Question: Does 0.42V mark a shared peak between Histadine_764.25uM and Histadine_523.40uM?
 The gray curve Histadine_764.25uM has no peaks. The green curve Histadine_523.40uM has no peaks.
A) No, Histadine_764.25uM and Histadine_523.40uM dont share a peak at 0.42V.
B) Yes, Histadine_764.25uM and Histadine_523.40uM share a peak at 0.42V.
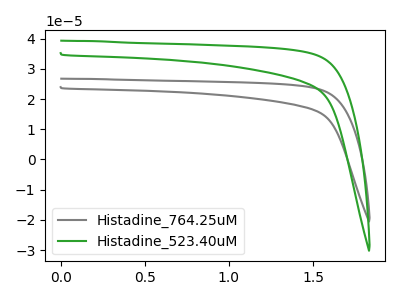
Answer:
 <answer>A) No, "Histadine_764.25uM" and "Histadine_523.40uM" dont share a peak at 0.42V.</answer>
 <eval>A</eval>